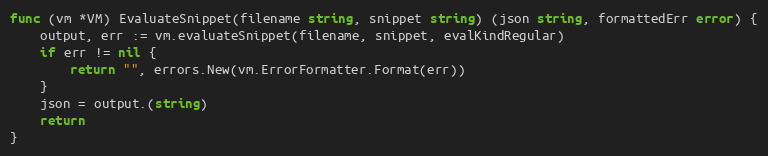
Language: Go
func (vm *VM) EvaluateSnippet(filename string, snippet string) (json string, formattedErr error) {
	output, err := vm.evaluateSnippet(filename, snippet, evalKindRegular)
	if err != nil {
		return "", errors.New(vm.ErrorFormatter.Format(err))
	}
	json = output.(string)
	return
}